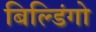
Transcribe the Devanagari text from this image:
बिल्डिंगो